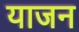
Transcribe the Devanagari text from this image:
याजन